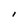
Character: I